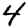
Digit: 4